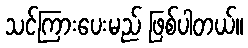
သင်ကြားပေးမည် ဖြစ်ပါတယ်။